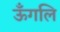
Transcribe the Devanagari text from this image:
ऊँगलि